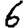
Digit: 6